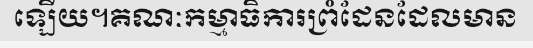
ឡើយ។គណៈកម្មាធិការព្រំដែនដែលមាន